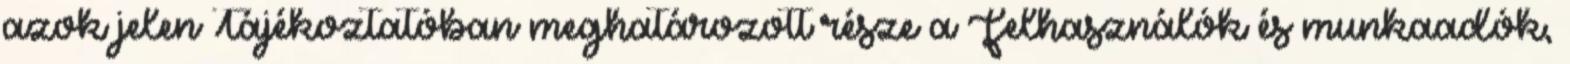
azok jelen Tájékoztatóban meghatározott része a Felhasználók és munkaadók,